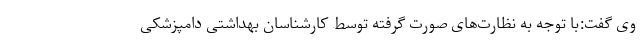
وی گفت:با توجه به نظارت‌های صورت گرفته توسط کارشناسان بهداشتی دامپزشکی